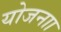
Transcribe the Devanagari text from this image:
योजनाा